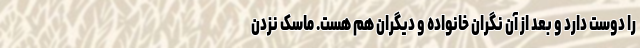
را دوست دارد و بعد از آن نگران خانواده و دیگران هم هست. ماسک نزدن